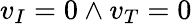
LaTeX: v_{I}=0\land v_{T}=0